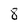
Character: 8